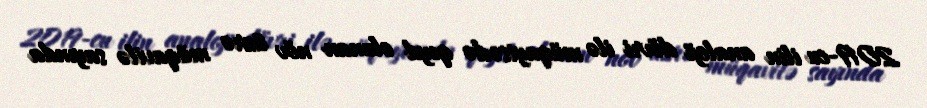
2019-cu ilin analoji dövri ilə müqayisədə qeyd olunan növ üzrə müqavilə sayında